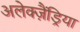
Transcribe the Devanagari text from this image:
अलेक्ज़ैंड्रिया